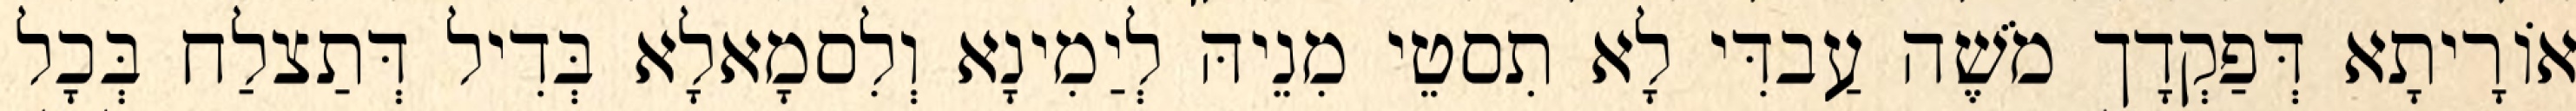
אוֹרָיתָא דְּפַקְדָך מֹשֶׁה עַבדִּי לָא תִסטֵי מִנֵיהּ לְיַמִינָא וְלִסמָאלָא בְּדִיל דְּתַצלַח בְּכָל